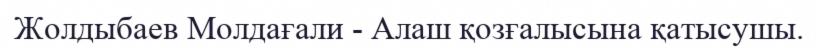
Жолдыбаев Молдағали - Алаш қозғалысына қатысушы.